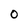
Character: 0